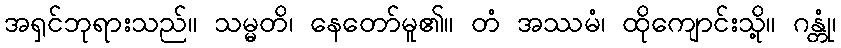
အရှင်ဘုရားသည်။ သမ္မတိ၊ နေတော်မူ၏။ တံ အဿမံ၊ ထိုကျောင်းသို့။ ဂန္တုံ၊